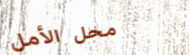
محل الأمل